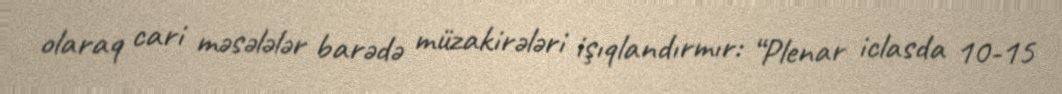
olaraq cari məsələlər barədə müzakirələri işıqlandırmır: “Plenar iclasda 10-15